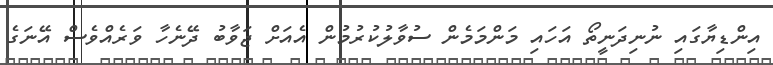
އިންޑިޔާގައި ނުނިދަނީތޯ އަހައި މަންމަމެން ސުވާލުކުރުމުން އެއަށް ޖަވާބު ދޭނެހާ ވަރެއްވެސް އޭނަގެ